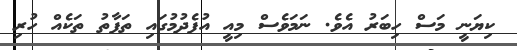
ކިޔަނީ މަސް ހިބަރު އެވެ. ނަމަވެސް މިއީ އުފެދުމުގައި ތަފާތު ތަކެއް ހުރި